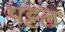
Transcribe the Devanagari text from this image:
पट्टल